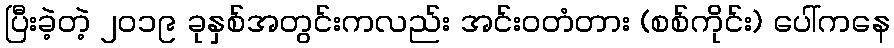
ပြီးခဲ့တဲ့ ၂၀၁၉ ခုနှစ်အတွင်းကလည်း အင်းဝတံတား (စစ်ကိုင်း) ပေါ်ကနေ